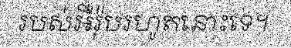
របស់អឺរ៉ុបរហូតនោះទេ។